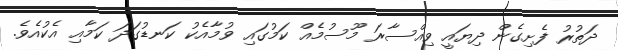
ދަތުރު ފެށިގެން ދިޔައީ ވިއްސާރަ މޫސުމެއް ކަމުގައި ވުމާއެކު ކަނޑުގަދަ ކަމާއި އެކުއެވެ.